Annual statistical returns and brief notes on vaccination in Bengal - 1887-1898
Year: 1887
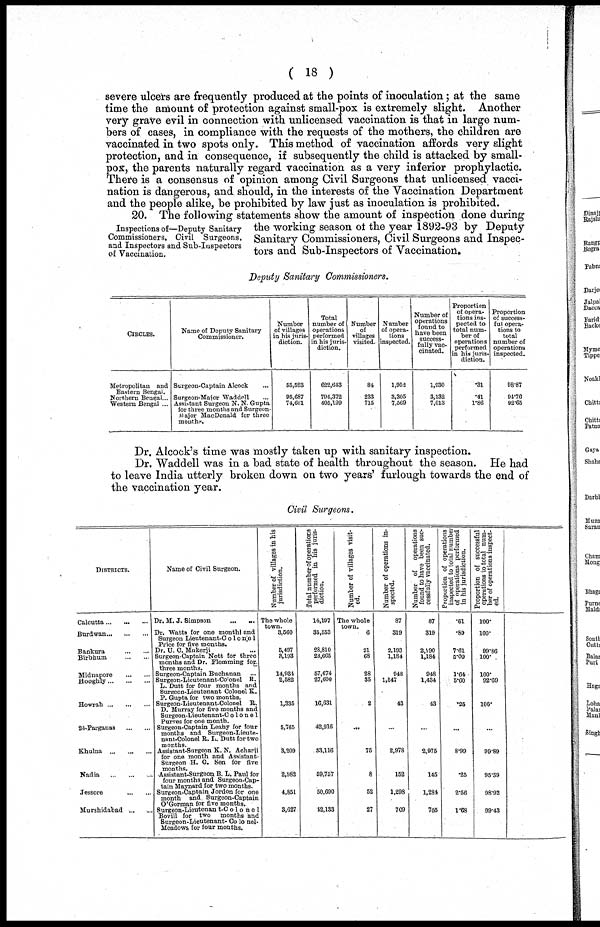
( 18 )
severe ulcers are frequently produced at the points of inoculation; at the same
time the amount of protection against small-pox is extremely slight. Another
very grave evil in connection with unlicensed vaccination is that in large num¬
bers of cases, in compliance with the requests of the mothers, the children are
vaccinated in two spots only. This method of vaccination affords very slight
protection, and in consequence, if subsequently the child is attacked by small-
pox, the parents naturally regard vaccination as a very inferior prophylactic.
There is a consensus of opinion among Civil Surgeons that unlicensed vacci-
nation is dangerous, and should, in the interests of the Vaccination Department
and the people alike, be prohibited by law just as inoculation is prohibited.
Inspections of—Deputy Sanitary
Commissioners, Civil Surgeons,
and Inspectors and Sub-Inspectors
of Vaccination.
20. The toll owing statements show the amount of inspection done during
the working season of the year 1892-93 by Deputy
Sanitary Commissioners, Civil Surgeons and Inspec-
tors and Sub-Inspectors of Vaccination.
Deputy Sanitary Commissioners.
CIRCLES.
Metropolitan and
Eastern Bengal.
Northern Bengal...
Western Bengal ...
Name of Deputy Sanitary
Commissioner.
Surgeon-Captain Alcock...
Surgeon-Major Waddell... ...
Assistant Surgeon N. N. Gupta
for three months and Surgeon-
Major MacDonald for three
mouths.
Number
of villages
in his juris-
diction.
55,523
95,687
74,601
Total
number of
operations
performed
in his juris-
diction.
622,643
794,372
405,199
Number
of
villages
visited.
84
233
715
Number
of
opera-
tions
inspected.
1,952
3,305
7,569
Number of
operations
found to
have been
success-
fully vac-
cinated.
1,030
3,132
7,013
Proportion
of opera-
tions ins-
pected to
total num-
ber of
operations
performed
in his juris-
diction.
.31
.41
1.86
Proportion
of success-
ful opera-
tions to
total
number of
operations
inspected.
98.87
94.76
92.65
Dr. Alcock's time was mostly taken up with sanitary inspection.
Dr. Waddell was in a bad state of health throughout the season. He had
to leave India utterly broken down on two years' furlough towards the end of
the vaccination year.
Civil Surgeons.
DISTRICTS.
Calcutta...
...
Burdwan...
...
...
Bankura...
...
Birbhum... ...
Midnapore...
...
Hooghly...
...
Howrah...
...
24-Parganas...
...
Khulna...
...
Nadia...
...
Jessore... ...
Murshidabad...
...
Name of Civil Surgeon.
Dr. M. J. Simpson
...
...
Dr. Watts for one monthl and
Surgeon Lieutenant-Co1onel
Price for five months.
Dr. U. C. Mukerji
Surgeon-Captain Nott for three
months and Dr. Flemming for-
three months.
Surgeon-Captain Buchanan...
Surgeon-Lieutenant-Co'onel R.
L. Dutt for four months and
Surgeon-Lieutenant Colonel K.
P. Gupta for two months.
Surgeon-Lieutenant-Colonel R.
D. Murray for five months and
Surgeon-Lieutenant-Colonel
Purves for one month.
Surgeon-Captain Leahy for four
months and Surgeon-Lieute-
nant-Colonel R. L. Dutt for two
months.
Assistant-Surgeon K. N. Acharji
for one month and Assistant-
Surgeon H. C. Sen for five months.
Assistant-Surgeon B. L. Paul for
four months and Surgeon-Cap-
tain Maynard for two months.
Surgeon-Captain Jordon for one
month and Surgeon-Captain
O'Gorman for five months.
Surgeon-Lieutenan t-Co1onel
Bovill for two months and Surgeon-Lieutenant- Colonel-
Meadows for four months.
Number of villages in his
jurisdiction.
The whole
town.
3,560
5,497
3,193
14,934
2,582
1,335
5,765
3,209
2,982
4,851
3,627
Total number of operations
performed in his juris-
diction.
14,197
35,553
28,810
23,665
57,674
27,600
16,031
42,916
33,116
59,757
50,690
42,133
Number of villages visit-
ed.
The whole
town.
6
21
68
28
35
2
...
75
8
52
27
Number of operations in-
spected.
87
319
2,193
1,184
948
1,547
43
...
2,978
152
1,298
709
N umber of operations
found to have been suc-
cessfully
vaccinated.
87
319
2,190
1,184
948
1,434
43
...
2,975
145
1,284
705
Proportion of operations
inspected to total number
of operations performed
in
his
jurisdiction.
.61
.89
7.61
5.00
1.64
5.60
.25
...
8.99
.25
2.56
1.68
Proportion of successful
operations to total num-
ber of operations inspect-
ed.
100.
100.
99.86
100.
100.
92.69
100.
...
99.89
95.39
98.92
99.43